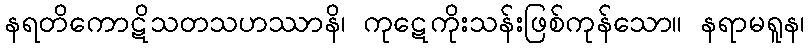
နရတိကောဋိသတသဟဿာနိ၊ ကုဋေကိုးသန်းဖြစ်ကုန်သော။ နရာမရူန၊